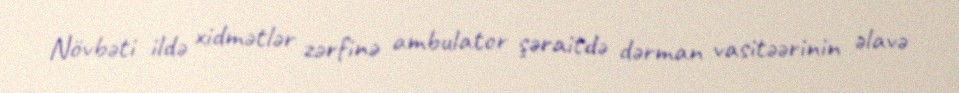
Növbəti ildə xidmətlər zərfinə ambulator şəraitdə dərman vasitəərinin əlavə